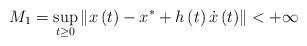
LaTeX: \begin{align*}M_{1}=\sup_{t\geq0}\left\Vert x\left( t\right) -x^{\ast}+h\left( t\right)\dot{x}\left( t\right) \right\Vert <+\infty\end{align*}